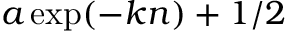
a \exp ( - k n ) + 1 / 2